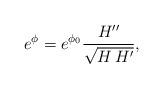
LaTeX: \begin{align*}e^\phi = e^{\phi_0} \frac{H''}{\sqrt {H\,H'}},\end{align*}